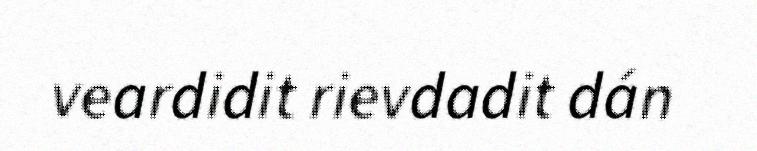
veardidit rievdadit dán